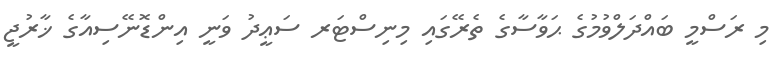
މި ރަސްމީ ބައްދަލްވުމުގެ ޙަވާސާގެ ތެރޭގައި މިނިސްޓަރ ސަޢީދު ވަނީ އިންޑޮނޭސިއާގެ ޚާރުޖީ